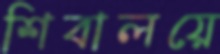
শিবালয়ে